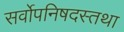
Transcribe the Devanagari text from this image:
सर्वोपनिषदस्तथा